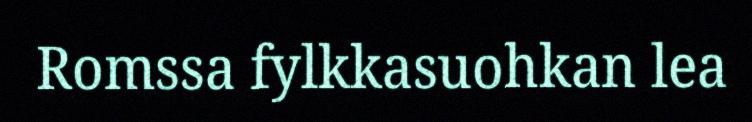
Romssa fylkkasuohkan lea